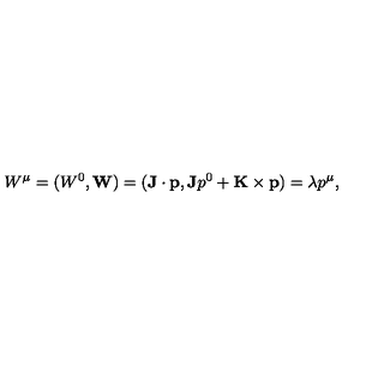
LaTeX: W ^ { \mu } = ( W ^ { 0 } , { \bf W } ) = ( { \bf J } \cdot { \bf p } , { \bf J } p ^ { 0 } + { \bf K } \times { \bf p } ) = \lambda p ^ { \mu } ,